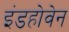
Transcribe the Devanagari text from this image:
इंडहोवेन